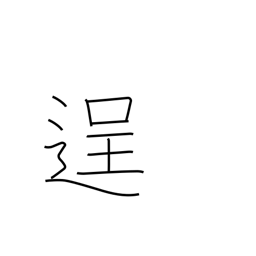
Meaning: bold